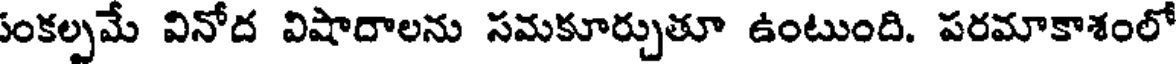
సంకల్పమే వినోద విషాదాలను సమకూర్చుతూ ఉంటుంది. పరమాకాశంలో